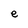
Character: e